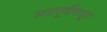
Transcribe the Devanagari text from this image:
सनापूर्वीपासून